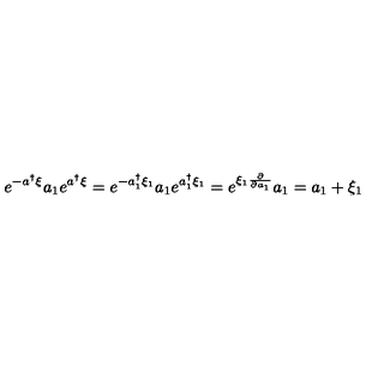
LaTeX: e ^ { - a ^ { \dag } \xi } a _ { 1 } e ^ { a ^ { \dag } \xi } = e ^ { - a _ { 1 } ^ { \dag } \xi _ { 1 } } a _ { 1 } e ^ { a _ { 1 } ^ { \dag } \xi _ { 1 } } = e ^ { \xi _ { 1 } \frac { \partial } { \partial a _ { 1 } } } a _ { 1 } = a _ { 1 } + \xi _ { 1 }